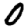
Digit: 0